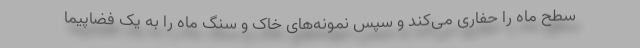
سطح ماه را حفاری می‌کند و سپس نمونه‌های خاک و سنگ ماه را به یک فضاپیما